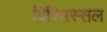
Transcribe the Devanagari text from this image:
दिस्मिस्सल